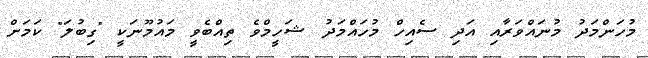
މުހަންމަދު މުނައްވަރާއި އަދި ސެއިހް މުހައްމަދު ޝަހީމްވެ ތިއްބެވީ މައުމޫނަކީ "ގިބުލަ" ކަމަށް